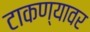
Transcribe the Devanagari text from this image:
टाकण्यावर